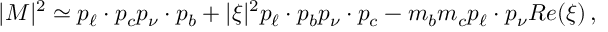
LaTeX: | { \cal M } | ^ { 2 } \simeq p _ { \ell } \cdot p _ { c } p _ { \nu } \cdot p _ { b } + | \xi | ^ { 2 } p _ { \ell } \cdot p _ { b } p _ { \nu } \cdot p _ { c } - m _ { b } m _ { c } p _ { \ell } \cdot p _ { \nu } R e ( \xi ) \, ,